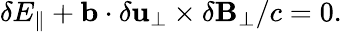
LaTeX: \begin{array}{r}{\delta E_{\parallel}+\mathbf{b}\cdot\delta\mathbf{u}_{\perp}\times\delta\mathbf{B}_{\perp}/c=0.}\end{array}